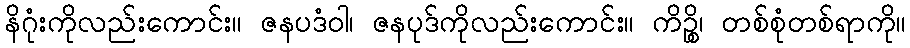
နိဂုံးကိုလည်းကောင်း။ ဇနပဒံဝါ၊ ဇနပုဒ်ကိုလည်းကောင်း။ ကိဉ္စိ၊ တစ်စုံတစ်ရာကို။